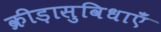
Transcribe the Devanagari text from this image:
क्रीड़ासुविधाएँ